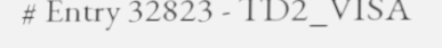
# Entry 32823 - TD2_VISA